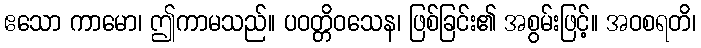
ဧသော ကာမော၊ ဤကာမသည်။ ပဝတ္တိဝသေန၊ ဖြစ်ခြင်း၏ အစွမ်းဖြင့်။ အဝစရတိ၊